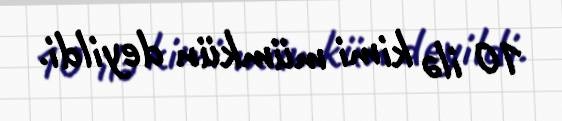
10 ilə kimi mümkün deyildi.